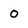
Character: 0